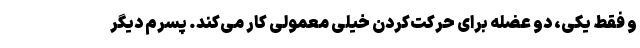
و فقط یکی، دو عضله برای حرکت‌کردن خیلی معمولی کار می‌کند. پسرم دیگر